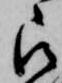
被